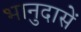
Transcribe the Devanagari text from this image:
भानुदासें